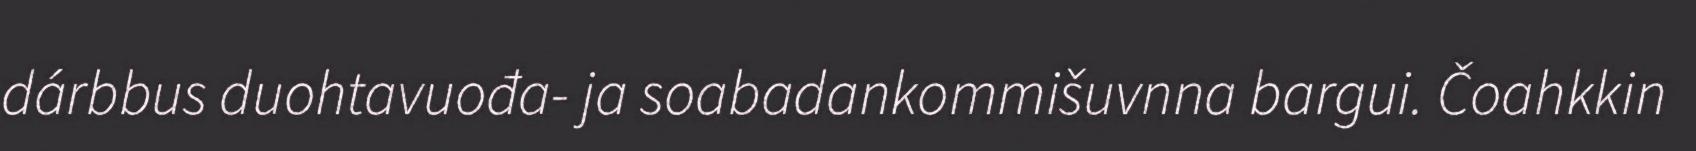
dárbbus duohtavuođa- ja soabadankommišuvnna bargui. Čoahkkin